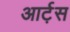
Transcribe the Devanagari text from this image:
आर्ट़स